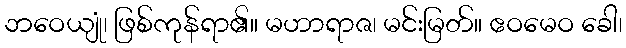
ဘဝေယျုံ၊ ဖြစ်ကုန်ရာ၏။ မဟာရာဇ၊ မင်းမြတ်။ ဧဝမေဝ ခေါ၊